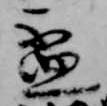
盃